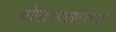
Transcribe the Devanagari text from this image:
मोटारवाहनाच्या